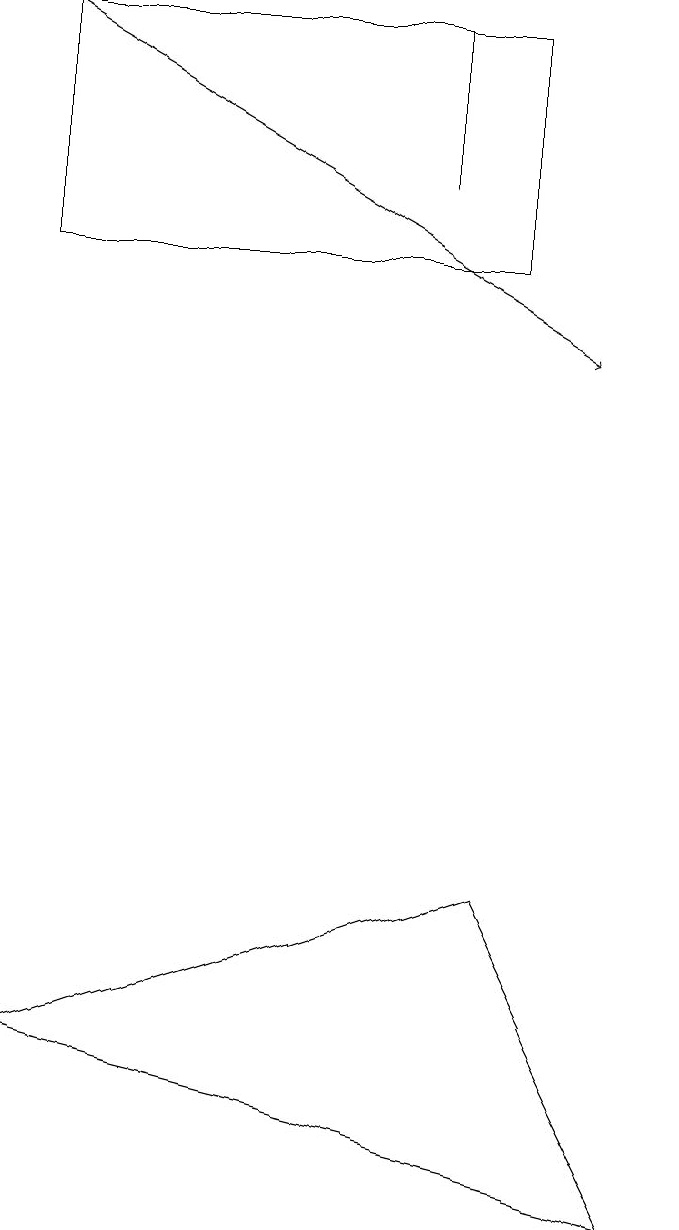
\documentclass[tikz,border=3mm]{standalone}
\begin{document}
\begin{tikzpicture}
\draw (5,17) rectangle (5,19);
\draw (6,19) rectangle (0,16);
\draw (0,6) -- (6,8) -- (8,4) -- cycle;
\draw[->] (0,19) -- (7,15);
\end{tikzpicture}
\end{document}